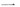
一